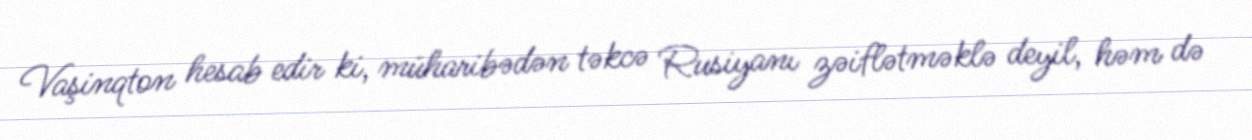
Vaşinqton hesab edir ki, müharibədən təkcə Rusiyanı zəiflətməklə deyil, həm də